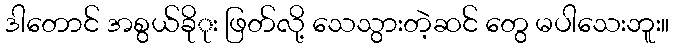
ဒါတောင် အစွယ်ခိုုး ဖြတ်လို့ သေသွားတဲ့ဆင် တွေ မပါသေးဘူး။